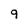
Character: 9